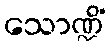
သောဏ္ဍိံ